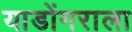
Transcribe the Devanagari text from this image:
याडोंगराला